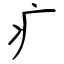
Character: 疒